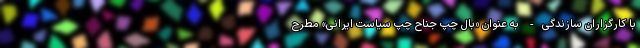
با کارگزاران سازندگی- به عنوان «بال چپ جناح چپ سیاست ایرانی» مطرح